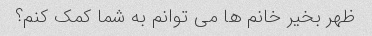
ظهر بخیر خانم ها می توانم به شما کمک کنم؟